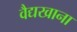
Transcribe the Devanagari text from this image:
वैद्यखाना